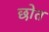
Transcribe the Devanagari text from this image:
छोत